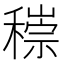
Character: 𥡶